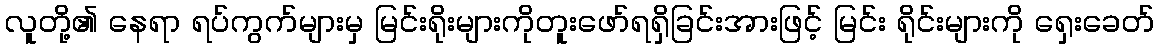
လူတို့၏ နေရာ ရပ်ကွက်များမှ မြင်းရိုးများကိုတူးဖော်ရရှိခြင်းအားဖြင့် မြင်း ရိုင်းများကို ရှေးခေတ်